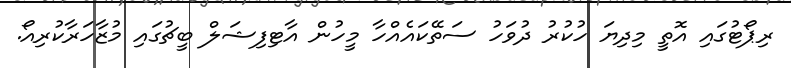
ރިޕޯޓުގައި އޮތީ މިދިޔަ ހުކުރު ދުވަހު ސަތޭކައެއްހާ މީހުން އާޓިފިޝަލް ބީޗުގައި މުޒާހަރާކުރިއޯ.